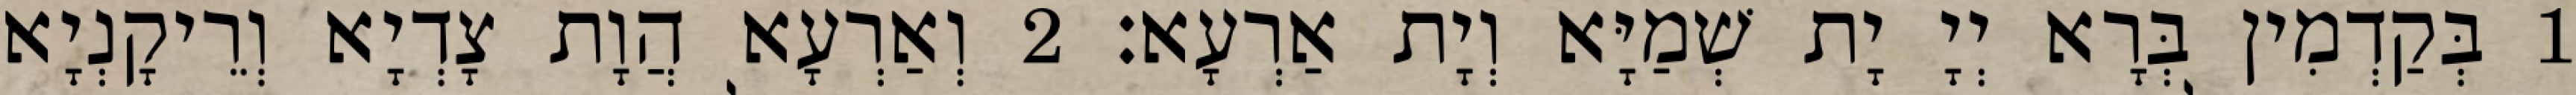
1 בְּקַדְמִין בְּרָא יְיָ יָת שְׁמַיָּא וְיָת אַרְעָא׃ 2 וְאַרְעָא הֲוָת צָדְיָא וְרֵיקָנְיָא